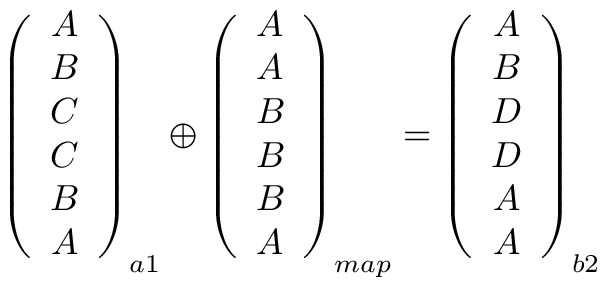
\begin{array} { r } { \left( \begin{array} { c } { A } \\ { B } \\ { C } \\ { C } \\ { B } \\ { A } \end{array} \right) _ { a 1 } \oplus \left( \begin{array} { c } { A } \\ { A } \\ { B } \\ { B } \\ { B } \\ { A } \end{array} \right) _ { m a p } = \left( \begin{array} { c } { A } \\ { B } \\ { D } \\ { D } \\ { A } \\ { A } \end{array} \right) _ { b 2 } } \end{array}